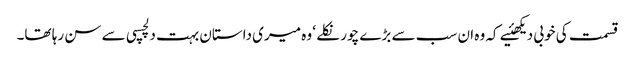
قسمت کی خوبی دیکھئیے کہ وہ ان سب سے بڑے چور نکلے ‘ وہ میری داستان بہت دلچسپی سے سن رہا تھا۔